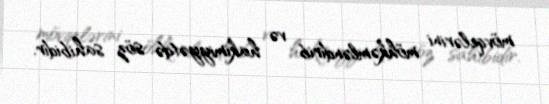
mövqelərini möhkəmləndirib və hakimiyyətdə söz sahibidir.